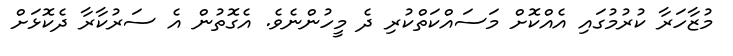
މުޒާހަރާ ކުރުމުގައި އެއްކޮށް މަސައްކަތްކުރި ދެ މީހުންނެވެ. އެގޮތުން އެ ސަރުކާރާ ދެކޮޅަށް